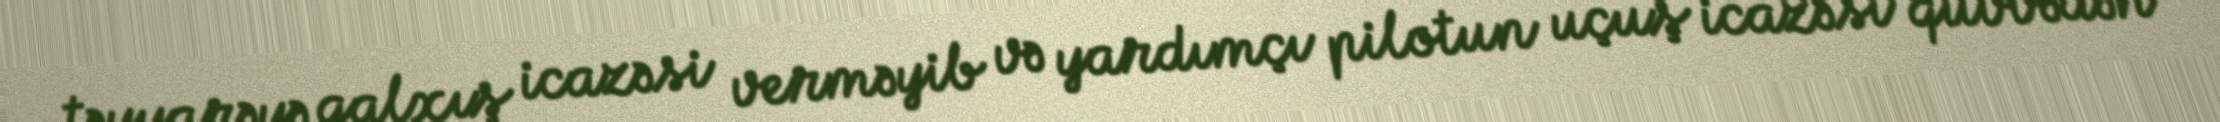
təyyarəyə qalxış icazəsi verməyib və yardımçı pilotun uçuş icazəsi qüvvədən